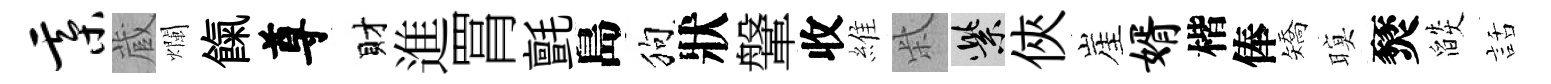
綦蔵爛餼尊財進罥氈島狗狀鞶收維柴紫俠崖婿楷俸矯暝燹燄話